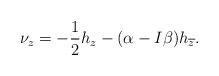
LaTeX: \begin{align*}\nu_z=-\frac{1}{2}h_z-(\alpha-I\beta)h_{\overline{z}}.\end{align*}